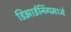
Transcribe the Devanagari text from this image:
डिझाईनिंगमध्ये